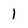
Character: 1